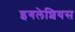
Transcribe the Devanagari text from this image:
इगलेशियस